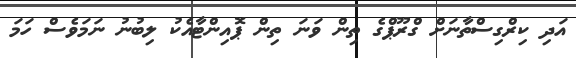
އަދި ކިރްގިސްތާނަށް ގްރޫޕްގެ ތިން ވަނަ ތިން ޕޮއިންޓާއެކު ލިބުނު ނަމަވެސް ހަމަ